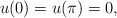
\begin{align*}u (0) = u (\pi) = 0 , \end{align*}